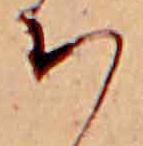
ち